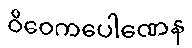
ဝိဝေကပေါဏေန